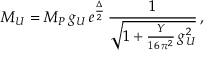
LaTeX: M _ { U } = M _ { P } \, g _ { U } \, e ^ { \frac { \Delta } { 2 } } \, \frac { 1 } { \sqrt { 1 + \frac { Y } { 1 6 \, \pi ^ { 2 } } \, g _ { U } ^ { 2 } } } \, ,